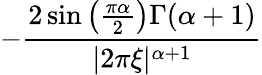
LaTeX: -{\frac{2\sin\left({\frac{\pi\alpha}{2}}\right)\Gamma(\alpha+1)}{|2\pi\xi|^{\alpha+1}}}